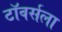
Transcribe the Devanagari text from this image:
टॉवर्सला